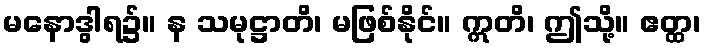
မနောဒွါရ၌။ န သမုဋ္ဌာတိ၊ မဖြစ်နိုင်။ ဣတိ၊ ဤသို့။ ဧတ္ထ၊